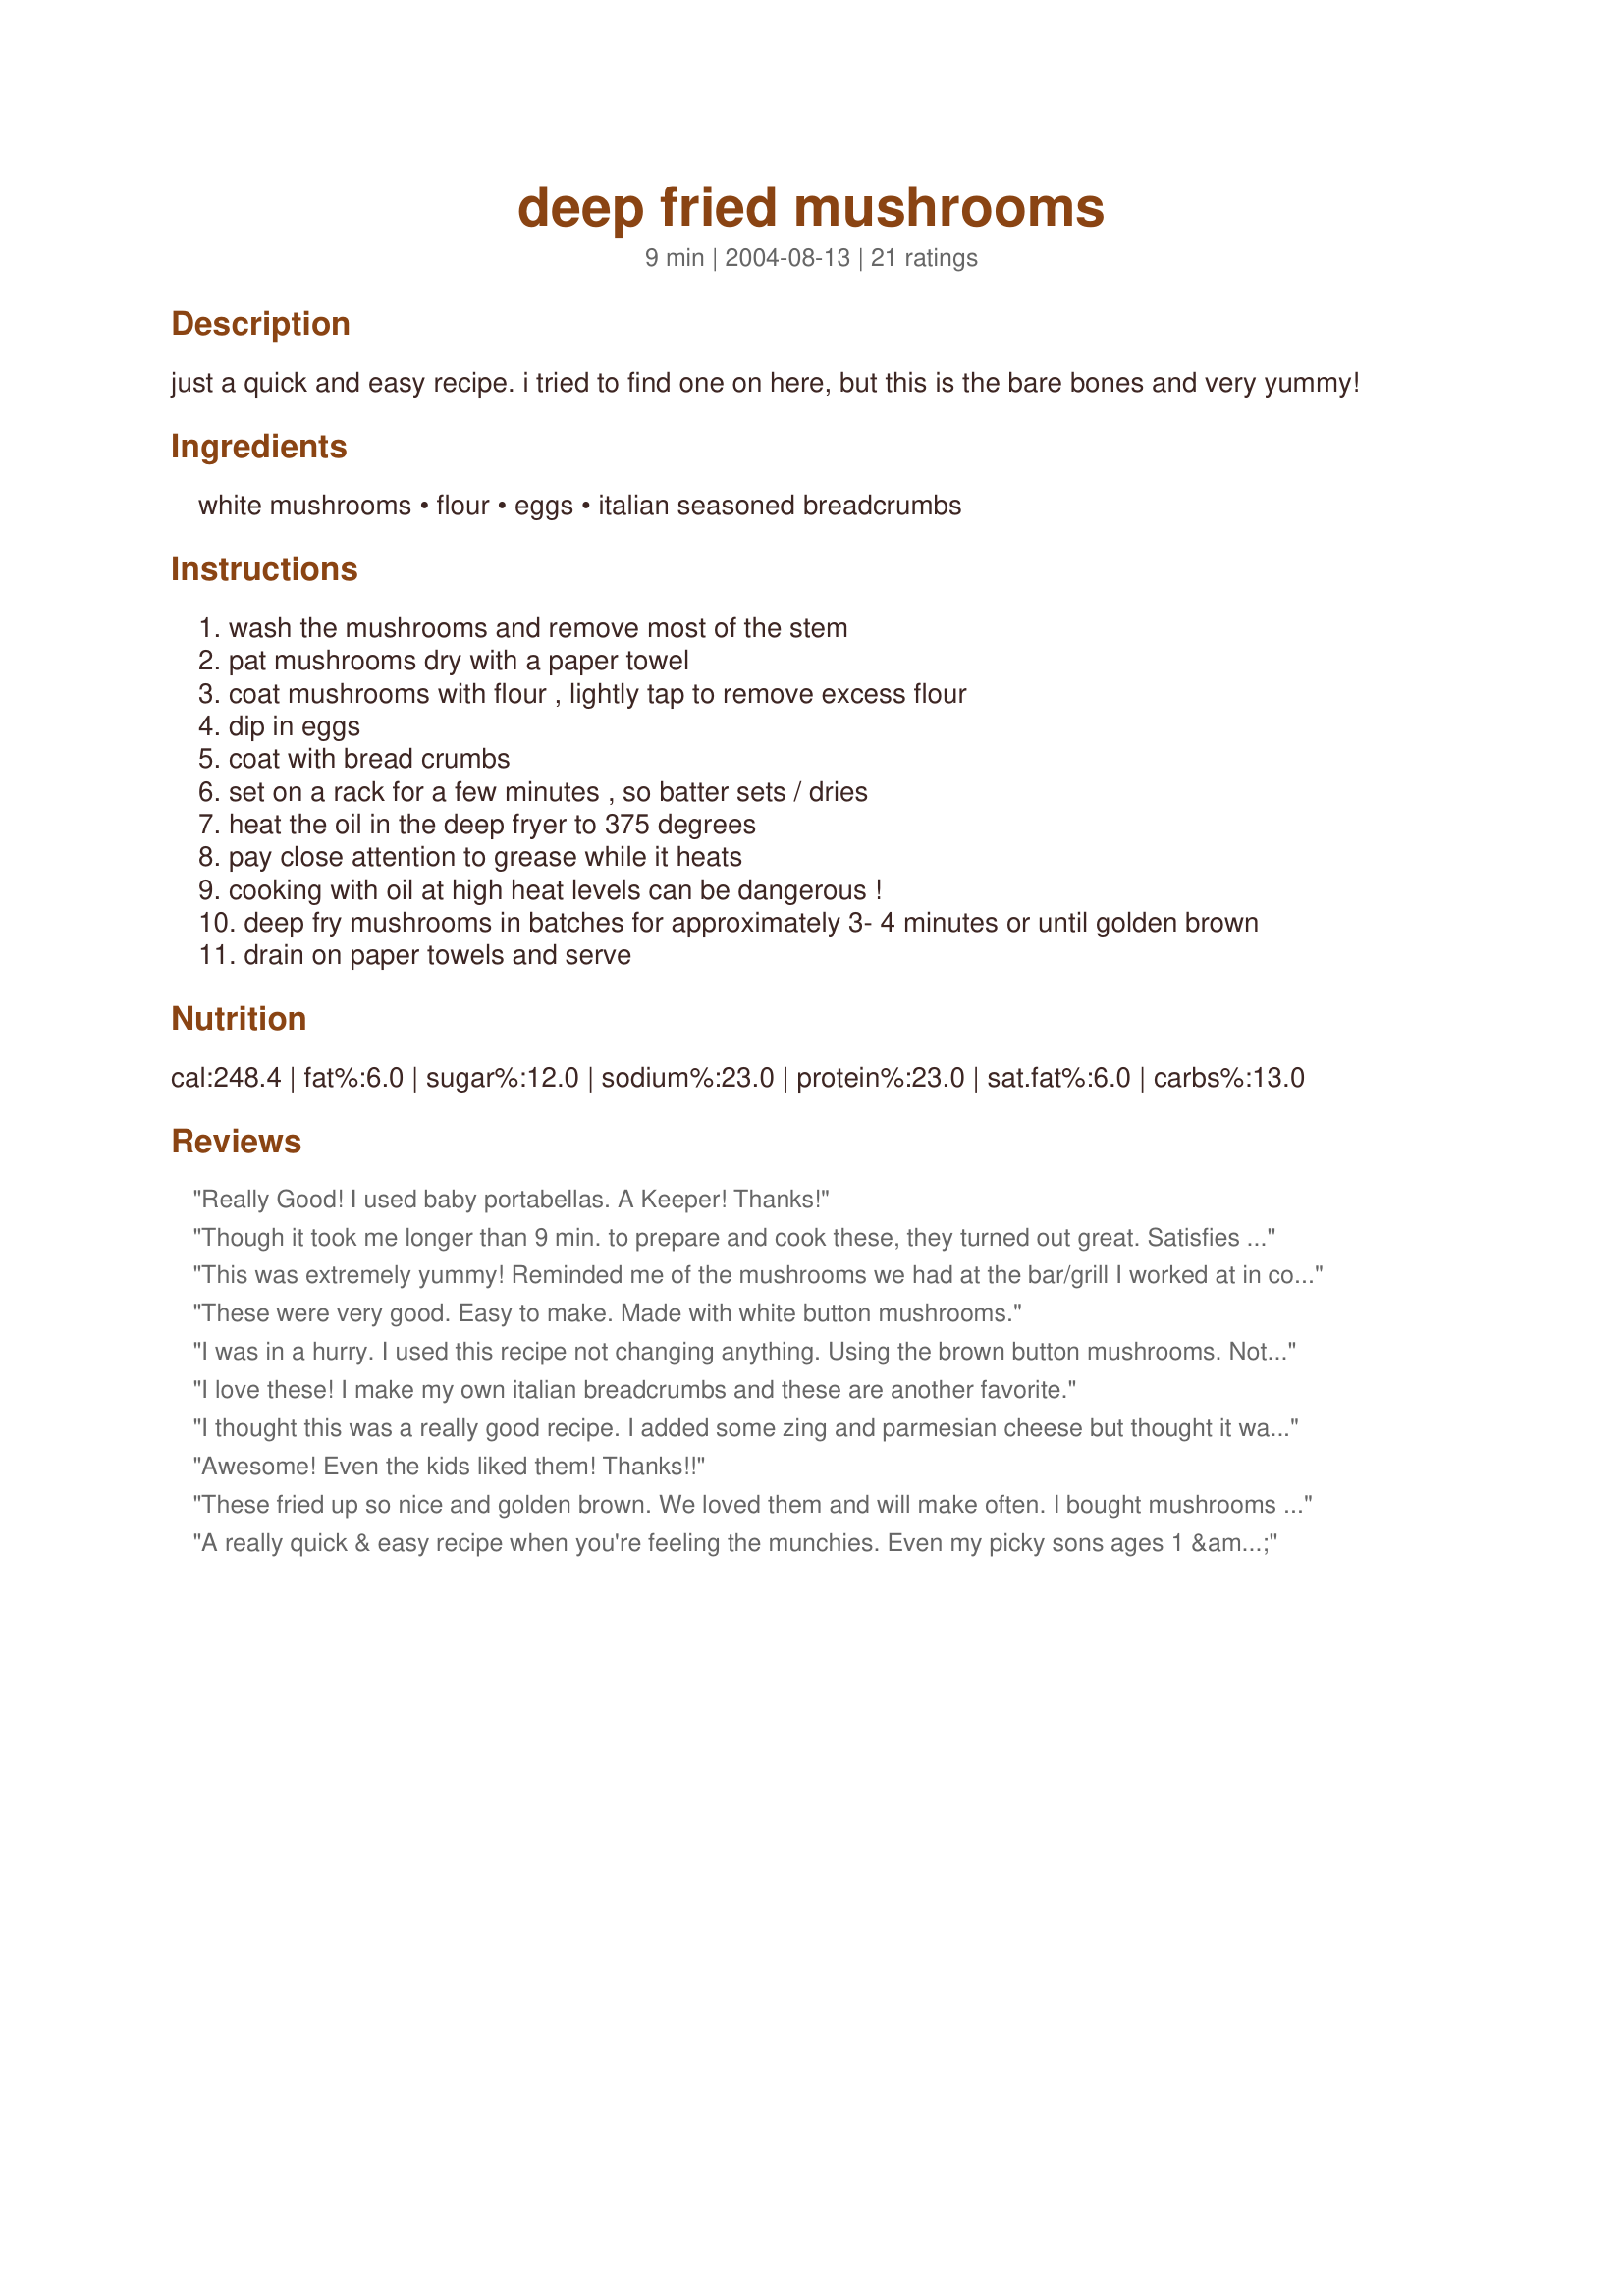
deep fried mushrooms
Preparation time: 9 minutes

just a quick and easy recipe. i tried to find one on here, but this is the bare bones and very yummy!

Ingredients:
white mushrooms, flour, eggs, italian seasoned breadcrumbs

Steps:
wash the mushrooms and remove most of the stem
pat mushrooms dry with a paper towel
coat mushrooms with flour , lightly tap to remove excess flour
dip in eggs
coat with bread crumbs
set on a rack for a few minutes , so batter sets / dries
heat the oil in the deep fryer to 375 degrees
pay close attention to grease while it heats
cooking with oil at high heat levels can be dangerous !
deep fry mushrooms in batches for approximately 3- 4 minutes or until golden brown
drain on paper towels and serve

Reviews:
Really Good! I used baby portabellas. A Keeper! Thanks!
Though it took me longer than 9 min. to prepare and cook these, they turned out great. Satisfies the fried mushroom craving quite nicely!
This was extremely yummy! Reminded me of the mushrooms we had at the bar/grill I worked at in college! I had rather large mushrooms, so I quartererd them, which worked well. Very messy to make, but worth it!
These were very good. Easy to make. Made with white button mushrooms.
I was in a hurry. I used this recipe not changing anything. Using the brown button mushrooms. Not removing much of the stem. I cut off a little to the freshest looking part. The only thing I did different was use baggies. I put flour in first drench &amp; shook. Next the bowl of 4 eggs. Used hands to toss and cover with egg. Then into another baggie with my own bread crumbs. (I dry and repurpose bread by using Krupp's coffee grinder. Keep B C in freezer.) Mushrooms into 1 cup bread crumbs , shake. Toss coated mushrooms into hot fryer. I wasn't that fast but I fried 3 boxes of mushrooms, Used 4 eggs, less than 1 c flour and less than 2 cups bread crumbs. They turned out wonderful. I am recommending not to fuss just have fun with cooking. Par excellent! I have the bowl on top of TURNED OFF fryer with upside down lid. With metal bowl and another flat lid to keep them hot. The flat lid was removed for photo. Fantastic recipe no matter what technique!
I love these! I make my own italian breadcrumbs and these are another favorite.
I thought this was a really good recipe. I added some zing and parmesian cheese but thought it was really good!! I also used broccoli and cauliflower along with the mushrooms. Thanks!!
Awesome! Even the kids liked them! Thanks!!
These fried up so nice and golden brown. We loved them and will make often. I bought mushrooms that were a bit too big so next time I will look for more "bite" sized mushrooms. thank you for sharing this yummy recipe.
A really quick & easy recipe when you're feeling the munchies. Even my picky sons ages 1 & 2 ate them! The only thing I added was ranch to dip them in. :)
Welcome to the gang, Bekah's dude! When I looked at your recipes, I thought "oh, I like mushrooms, I hope these fried ones don't turn out too greasy.." and I wasn't disappointed! Here's the formal review:

I put flour, egg, and breadcrumbs in seperate cereal bowls because nothing else was clean. I didn't use nearly the full amount of flour; half would have been sufficient. The egg got pretty well used up since it wasn't beaten to a smithereen. I started out with about 1/2 cup of breadcrumbs and that was perfect. However, the mushrooms I used were about 1"-1.5" in diameter, thus less coating. I would recommend a smaller mushroom to get more of that bread-crumby-goodness on each mushroom. By the time I got done breading all of the mushrooms, the first ones were set enough to fry. I heated my oil a little hot, I think, as it took about 20 seconds for them to be a nice dark gold color. They were putting off a ton of steam; thus, little grease. For fun, I "double dipped" one of them (flour, egg, crumbs, egg, crumbs) and it came out a little crunchier, but nothing special. They were eaten within minutes of frying, and the 2 reasons it took us that long were, well, they started out dang hot, and I snapped a pic. They were nice and juicey on the inside with a burst of wonderul mushroom flavor, and tasty crunchy stuff on the outside. My husband says to add salt, but I liked them as-were. This is a must for sides in the future. I would recomend serving them post-haste as they lose heat pretty quickly.
I used panko in lieu of the bread crumbs because I like the super crunch to contrast with the juiciness of the mushrooms. This was my first time deep drying mushrooms in a fryer and your guide helped a lot! I do agree that 375 may be too hot for the suggested 3-4 minutes. Mine were golden in about a minute and after flipping, maybe an additional thirty seconds. I used the old ziplock bag trick to avoid the majority of the mess. You might waste a little bit more product but it's worth it to me. If you make them often enough you can tailor the amount to reduce waste.
Don't ya just love simple recipes?! This is so easy and it tastes great! Thanks for posting something easy and yummy!
great
very good and crispy.
Great shrooms! I used a mixture of button and brown mushrooms for this and they turned out very nice. I usually use a beer batter but found this way much better. The seasoned crumbs added a nice flavor. We dipped these in horseradish sauce and enjoyed every last one of them. Made for PAC Spring 2010.
I had the pleasure of having these made by the chef himself, so this review is based on taste only, not preparing, although I did watch. These mushrooms are SO tasty. My son and I enjoyed them every much. They were juicy and flavorful. I think that mixing in some garlic powder or onion powder into the breadcrumbs would provide more of a "kick". We dipped them in ranch dressing and honey mustard. Thanks!
ummm a yummy tasty treat
This recipe was amazing! I am not a very good cook, and complicated recipes confuse me. This was simple, easy and so delicious! My husband loved it as well, and my kids even ate them, which is surprising, because they never eat anything I cook! They were so crispy, and not greasy at all.
This was awesome!! I love derpnfried mushrooms and this the perfect recipe to follow. Not greasy at all!!
Great recipe.Husband wanted deep fried mushrooms so I looked this one up,made and wow!!Very good,I also have some ,not sure how to spell it but zuqunnie as well worked great,thought I'd share a picture of it as well thank you for posting.
Happyfrog
